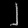
Digit: ၂